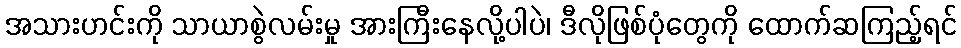
အသားဟင်းကို သာယာစွဲလမ်းမှု အားကြီးနေလို့ပါပဲ၊ ဒီလိုဖြစ်ပုံတွေကို ထောက်ဆကြည့်ရင်